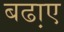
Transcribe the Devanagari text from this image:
बढा़ए